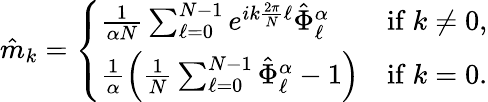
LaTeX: \hat{m}_{k}=\left\{ \begin{array}{ll}{\frac{1}{\alpha N}\sum_{\ell=0}^{N-1}e^{ik\frac{2\pi}{N}\ell}\hat{\Phi}_{\ell}^{\alpha}}&{\mathrm{if~}k\neq 0,}\\ {\frac{1}{\alpha}\left(\frac{1}{N}\sum_{\ell=0}^{N-1}\hat{\Phi}_{\ell}^{\alpha}-1\right)}&{\mathrm{if~}k=0.}\end{array}\right.